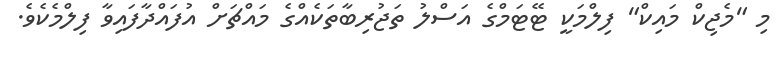
މި "މެޖިކް މައިކް" ފިލްމަކީ ޓޭޓަމްގެ އަސްލު ތަޖުރިބާތަކެއްގެ މައްޗަށް އުފައްދާފައިވާ ފިލްމެކެވެ.